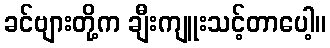
ခင်ဗျားတို့က ချီးကျူးသင့်တာပေါ့။